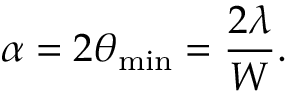
\alpha = 2 \theta _ { \mathrm { m i n } } = { \frac { 2 \lambda } { W } } .